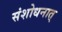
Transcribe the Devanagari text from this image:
संशोधनात्